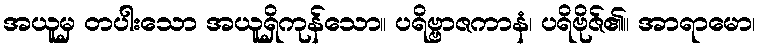
အယူမှ တပါးသော အယူရှိကုန်သော။ ပရိဗ္ဗာဇကာနံ၊ ပရိဗိုဇ်၏။ အာရာမော၊